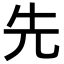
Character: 先